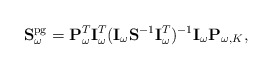
\begin{align*}\mathbf{S}_{\omega}^\mathrm{pg} = \mathbf{P}_\omega^T \mathbf{I}_{\omega}^T (\mathbf{I}_{\omega} \mathbf{S}^{-1} \mathbf{I}_{\omega}^T)^{-1}\mathbf{I}_\omega \mathbf{P}_{\omega,K}, \end{align*}